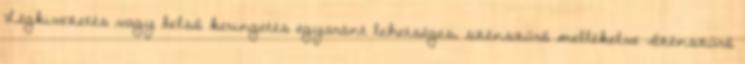
Légkivezetés vagy belső keringetés egyaránt lehetséges, szénszűrő mellékelve Szénszűrő